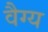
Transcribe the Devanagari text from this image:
वैग्य